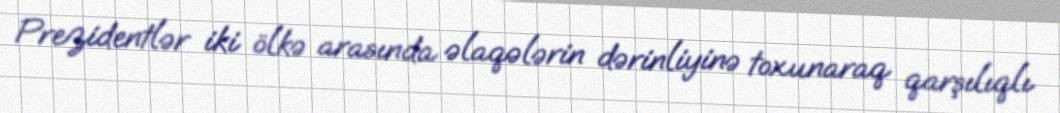
Prezidentlər iki ölkə arasında əlaqələrin dərinliyinə toxunaraq qarşılıqlı